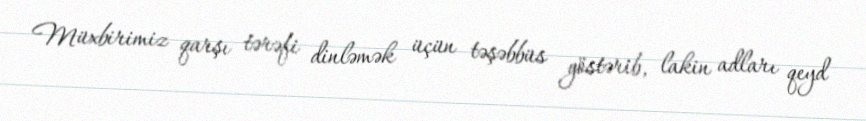
Müxbirimiz qarşı tərəfi dinləmək üçün təşəbbüs göstərib, lakin adları qeyd